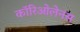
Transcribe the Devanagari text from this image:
कॉरिओलेनस